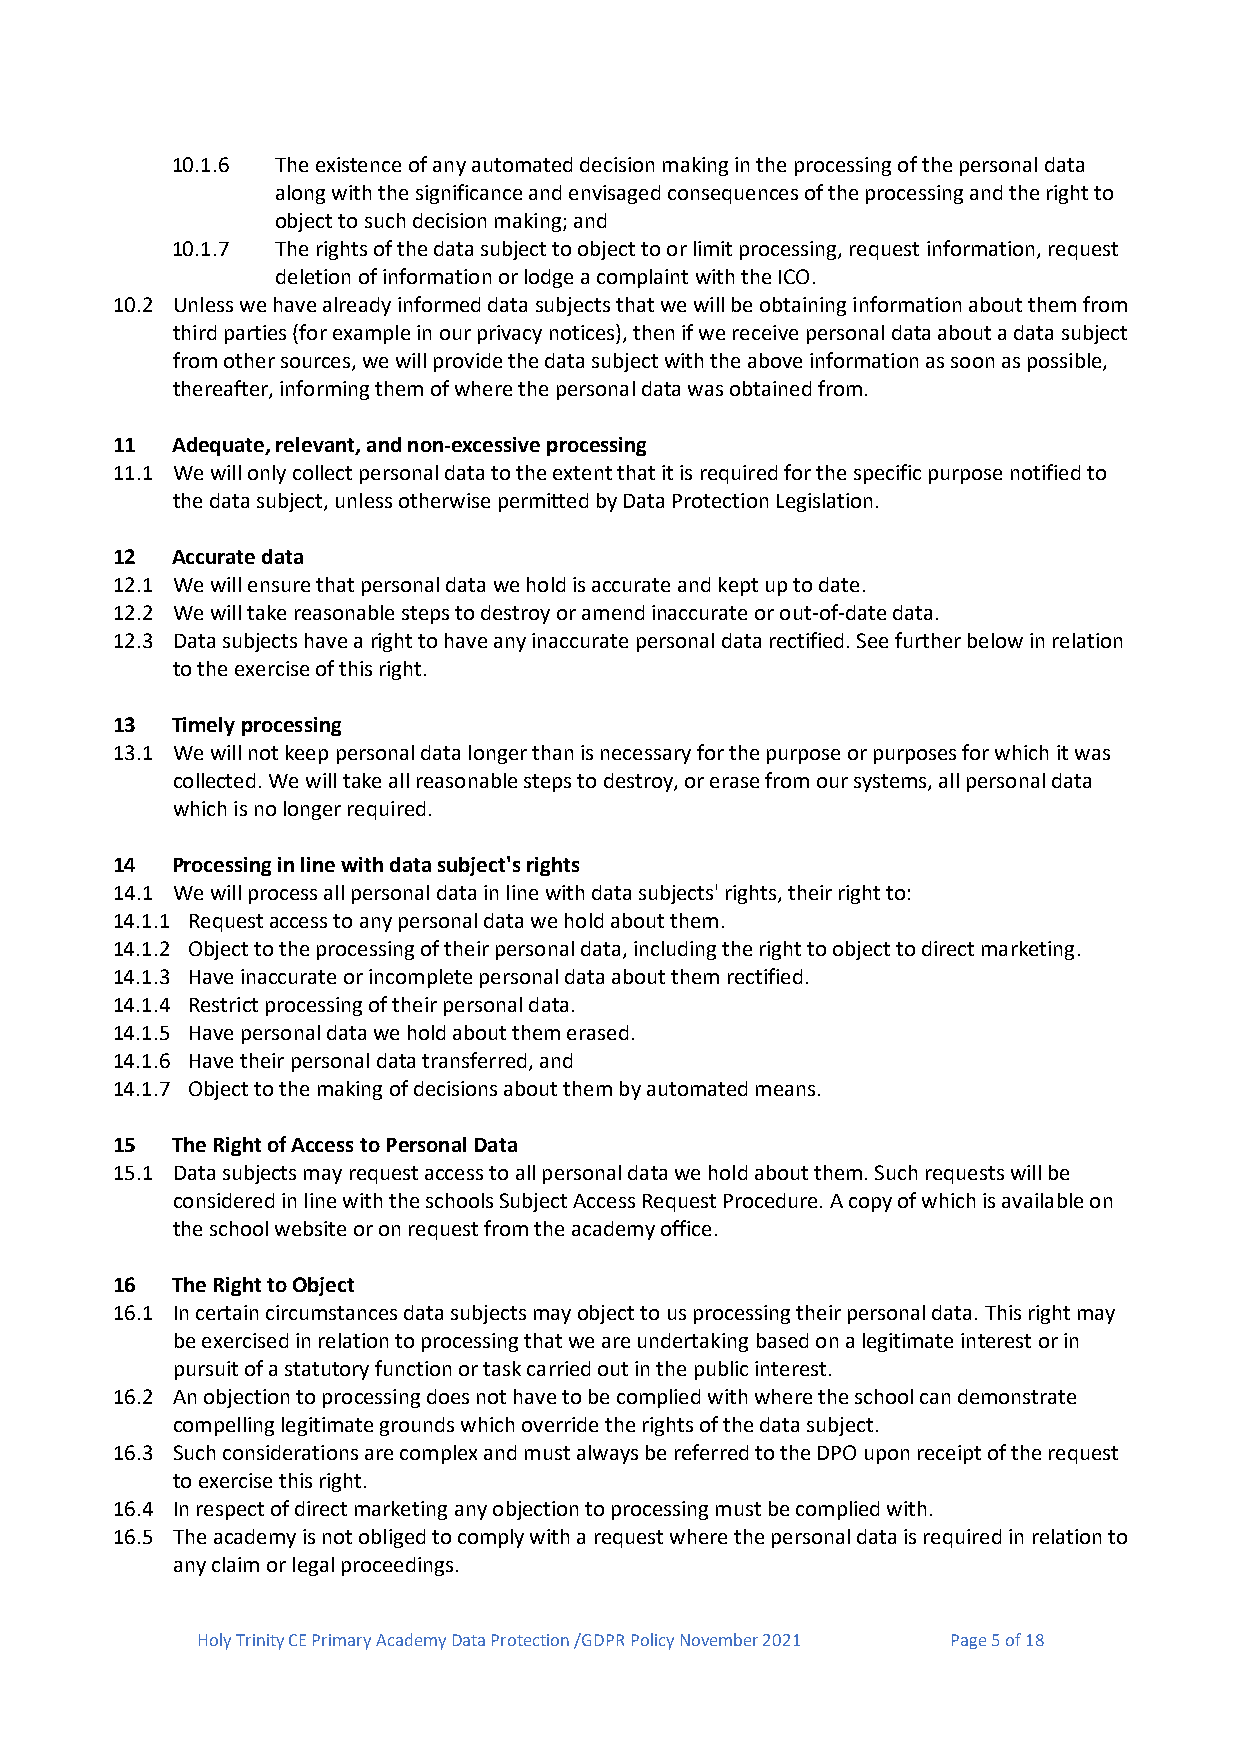
10.1.6 The existence of any automated decision making in the processing of the personal data
 along with the significance and envisaged consequences of the processing and the right to
 object to such decision making; and
 10.1.7 The rights of the data subject to object to or limit processing, request information, request
 deletion of information or lodge a complaint with the ICO.
 10.2 Unless we have already informed data subjects that we will be obtaining information about them from
 third parties (for example in our privacy notices), then if we receive personal data about a data subject
 from other sources, we will provide the data subject with the above information as soon as possible,
 thereafter, informing them of where the personal data was obtained from.
 11  Adequate, relevant, and non-excessive processing
 11.1 We will only collect personal data to the extent that it is required for the specific purpose notified to
 the data subject, unless otherwise permitted by Data Protection Legislation.
 12  Accurate data
 12.1 We will ensure that personal data we hold is accurate and kept up to date.
 12.2 We will take reasonable steps to destroy or amend inaccurate or out-of-date data.
 12.3 Data subjects have a right to have any inaccurate personal data rectified. See further below in relation
 to the exercise of this right.
 13  Timely processing
 13.1 We will not keep personal data longer than is necessary for the purpose or purposes for which it was
 collected. We will take all reasonable steps to destroy, or erase from our systems, all personal data
 which is no longer required.
 14  Processing in line with data subject's rights
 14.1 We will process all personal data in line with data subjects' rights, their right to:
 14.1.1 Request access to any personal data we hold about them.
 14.1.2 Object to the processing of their personal data, including the right to object to direct marketing.
 14.1.3 Have inaccurate or incomplete personal data about them rectified.
 14.1.4 Restrict processing of their personal data.
 14.1.5 Have personal data we hold about them erased.
 14.1.6 Have their personal data transferred, and
 14.1.7 Object to the making of decisions about them by automated means.
 15  The Right of Access to Personal Data
 15.1 Data subjects may request access to all personal data we hold about them. Such requests will be
 considered in line with the schools Subject Access Request Procedure. A copy of which is available on
 the school website or on request from the academy office.
 16  The Right to Object
 16.1 In certain circumstances data subjects may object to us processing their personal data. This right may
 be exercised in relation to processing that we are undertaking based on a legitimate interest or in
 pursuit of a statutory function or task carried out in the public interest.
 16.2 An objection to processing does not have to be complied with where the school can demonstrate
 compelling legitimate grounds which override the rights of the data subject.
 16.3 Such considerations are complex and must always be referred to the DPO upon receipt of the request
 to exercise this right.
 16.4 In respect of direct marketing any objection to processing must be complied with.
 16.5 The academy is not obliged to comply with a request where the personal data is required in relation to
 any claim or legal proceedings.
 Holy Trinity CE Primary Academy Data Protection /GDPR Policy November 2021 Page 5 of 18